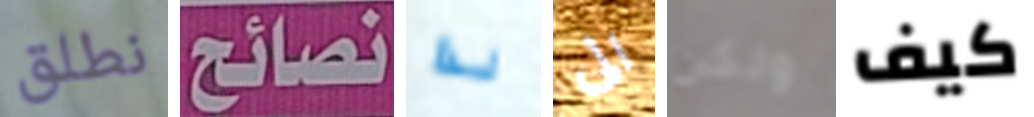
نطلق نصائح لذا الى ولكن كيف